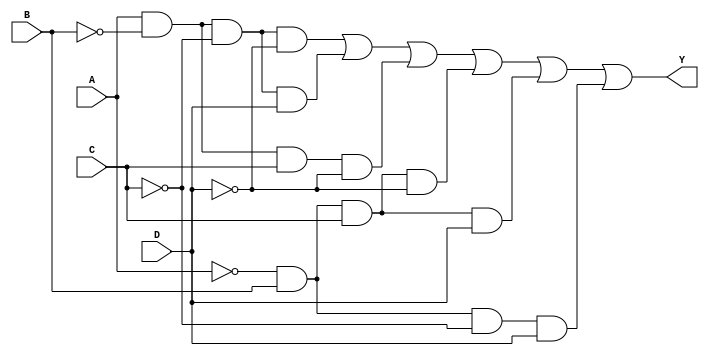
module combinational_logic_block (
    input wire A,      // Input variable A
    input wire B,      // Input variable B
    input wire C,      // Input variable C
    input wire D,      // Input variable D
    output wire Y      // Output variable Y
);

// Internal signals for intermediate calculations
wire AB, AC, AD, BC, BD, CD;

// Implementing the minimized expression for Y based on the truth table provided
assign Y = (A & ~B & ~C & ~D) | // Minterm 0
           (A & ~B & ~C & D)  | // Minterm 1
           (A & ~B & C & ~D)  | // Minterm 2
           (~A & B & C & ~D)  | // Minterm 5
           (~A & B & C & D)   | // Minterm 6
           (~A & B & ~C & D);   // Minterm 7

endmodule